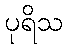
ပုရိသ